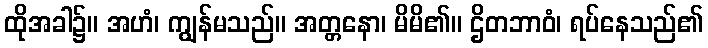
ထိုအခါ၌။ အဟံ၊ ကျွန်မသည်။ အတ္တနော၊ မိမိ၏။ ဌိတဘာဝံ၊ ရပ်နေသည်၏